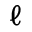
\ell